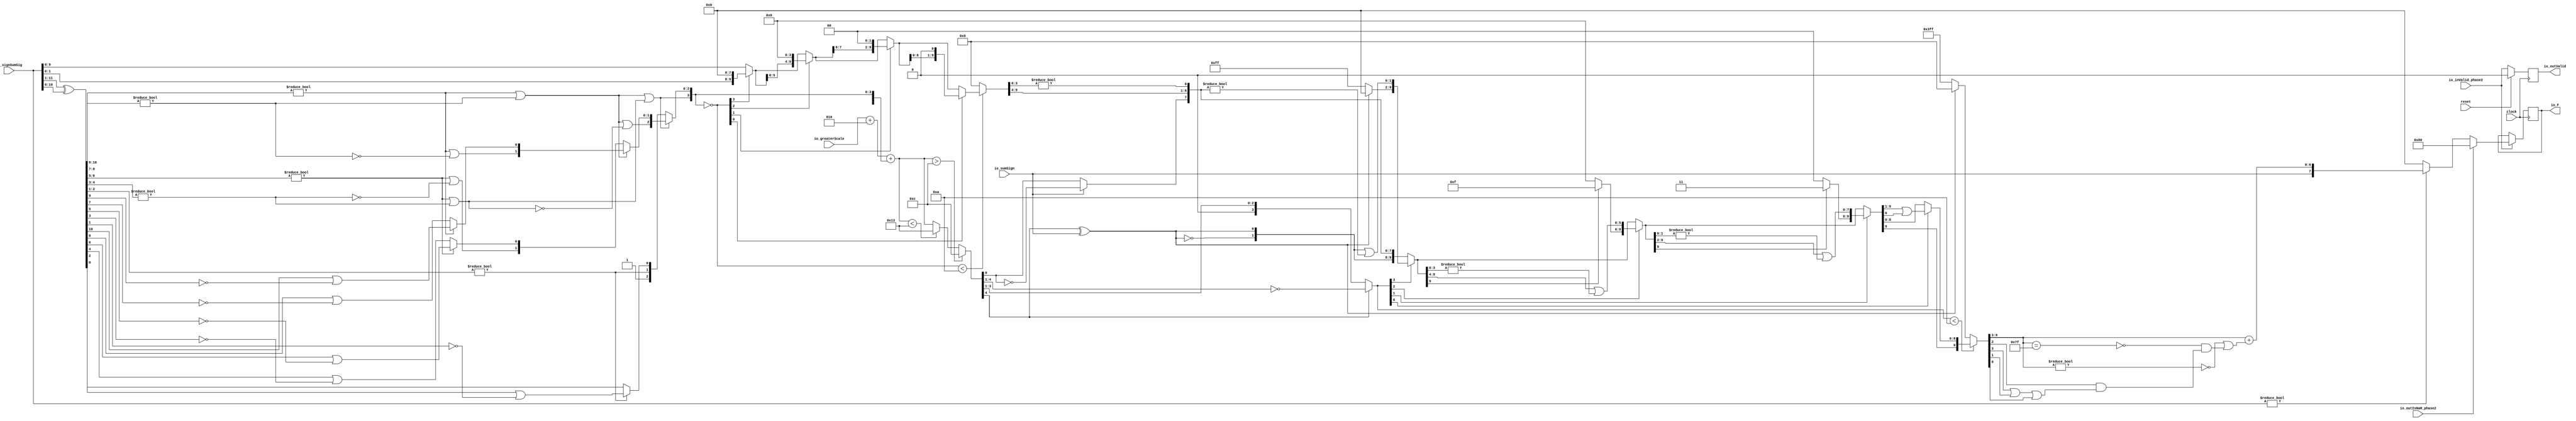
module FMAEnc8_1(
  input         clock,
  input         reset,
  input         io_inValid_phase2,
  input  [11:0] io_signSumSig,
  input         io_sumSign,
  input  [4:0]  io_greaterScale,
  input         io_outIsNaR_phase2,
  output [7:0]  io_F,
  output        io_outValid
);
  wire [10:0] _T; // @[FMAEnc.scala 35:36]
  wire [10:0] _T_1; // @[FMAEnc.scala 35:74]
  wire [10:0] sumXor; // @[FMAEnc.scala 35:54]
  wire [7:0] _T_2; // @[LZD.scala 43:32]
  wire [3:0] _T_3; // @[LZD.scala 43:32]
  wire [1:0] _T_4; // @[LZD.scala 43:32]
  wire  _T_5; // @[LZD.scala 39:14]
  wire  _T_6; // @[LZD.scala 39:21]
  wire  _T_7; // @[LZD.scala 39:30]
  wire  _T_8; // @[LZD.scala 39:27]
  wire  _T_9; // @[LZD.scala 39:25]
  wire [1:0] _T_10; // @[Cat.scala 29:58]
  wire [1:0] _T_11; // @[LZD.scala 44:32]
  wire  _T_12; // @[LZD.scala 39:14]
  wire  _T_13; // @[LZD.scala 39:21]
  wire  _T_14; // @[LZD.scala 39:30]
  wire  _T_15; // @[LZD.scala 39:27]
  wire  _T_16; // @[LZD.scala 39:25]
  wire [1:0] _T_17; // @[Cat.scala 29:58]
  wire  _T_18; // @[Shift.scala 12:21]
  wire  _T_19; // @[Shift.scala 12:21]
  wire  _T_20; // @[LZD.scala 49:16]
  wire  _T_21; // @[LZD.scala 49:27]
  wire  _T_22; // @[LZD.scala 49:25]
  wire  _T_23; // @[LZD.scala 49:47]
  wire  _T_24; // @[LZD.scala 49:59]
  wire  _T_25; // @[LZD.scala 49:35]
  wire [2:0] _T_27; // @[Cat.scala 29:58]
  wire [3:0] _T_28; // @[LZD.scala 44:32]
  wire [1:0] _T_29; // @[LZD.scala 43:32]
  wire  _T_30; // @[LZD.scala 39:14]
  wire  _T_31; // @[LZD.scala 39:21]
  wire  _T_32; // @[LZD.scala 39:30]
  wire  _T_33; // @[LZD.scala 39:27]
  wire  _T_34; // @[LZD.scala 39:25]
  wire [1:0] _T_35; // @[Cat.scala 29:58]
  wire [1:0] _T_36; // @[LZD.scala 44:32]
  wire  _T_37; // @[LZD.scala 39:14]
  wire  _T_38; // @[LZD.scala 39:21]
  wire  _T_39; // @[LZD.scala 39:30]
  wire  _T_40; // @[LZD.scala 39:27]
  wire  _T_41; // @[LZD.scala 39:25]
  wire [1:0] _T_42; // @[Cat.scala 29:58]
  wire  _T_43; // @[Shift.scala 12:21]
  wire  _T_44; // @[Shift.scala 12:21]
  wire  _T_45; // @[LZD.scala 49:16]
  wire  _T_46; // @[LZD.scala 49:27]
  wire  _T_47; // @[LZD.scala 49:25]
  wire  _T_48; // @[LZD.scala 49:47]
  wire  _T_49; // @[LZD.scala 49:59]
  wire  _T_50; // @[LZD.scala 49:35]
  wire [2:0] _T_52; // @[Cat.scala 29:58]
  wire  _T_53; // @[Shift.scala 12:21]
  wire  _T_54; // @[Shift.scala 12:21]
  wire  _T_55; // @[LZD.scala 49:16]
  wire  _T_56; // @[LZD.scala 49:27]
  wire  _T_57; // @[LZD.scala 49:25]
  wire [1:0] _T_58; // @[LZD.scala 49:47]
  wire [1:0] _T_59; // @[LZD.scala 49:59]
  wire [1:0] _T_60; // @[LZD.scala 49:35]
  wire [3:0] _T_62; // @[Cat.scala 29:58]
  wire [2:0] _T_63; // @[LZD.scala 44:32]
  wire [1:0] _T_64; // @[LZD.scala 43:32]
  wire  _T_65; // @[LZD.scala 39:14]
  wire  _T_66; // @[LZD.scala 39:21]
  wire  _T_67; // @[LZD.scala 39:30]
  wire  _T_68; // @[LZD.scala 39:27]
  wire  _T_69; // @[LZD.scala 39:25]
  wire [1:0] _T_70; // @[Cat.scala 29:58]
  wire  _T_71; // @[LZD.scala 44:32]
  wire  _T_73; // @[Shift.scala 12:21]
  wire  _T_75; // @[LZD.scala 55:32]
  wire  _T_76; // @[LZD.scala 55:20]
  wire  _T_78; // @[Shift.scala 12:21]
  wire [2:0] _T_80; // @[Cat.scala 29:58]
  wire [2:0] _T_81; // @[LZD.scala 55:32]
  wire [2:0] _T_82; // @[LZD.scala 55:20]
  wire [3:0] sumLZD; // @[Cat.scala 29:58]
  wire [3:0] shiftValue; // @[FMAEnc.scala 37:24]
  wire [9:0] _T_83; // @[FMAEnc.scala 38:41]
  wire  _T_84; // @[Shift.scala 16:24]
  wire  _T_86; // @[Shift.scala 12:21]
  wire [1:0] _T_87; // @[Shift.scala 64:52]
  wire [9:0] _T_89; // @[Cat.scala 29:58]
  wire [9:0] _T_90; // @[Shift.scala 64:27]
  wire [2:0] _T_91; // @[Shift.scala 66:70]
  wire  _T_92; // @[Shift.scala 12:21]
  wire [5:0] _T_93; // @[Shift.scala 64:52]
  wire [9:0] _T_95; // @[Cat.scala 29:58]
  wire [9:0] _T_96; // @[Shift.scala 64:27]
  wire [1:0] _T_97; // @[Shift.scala 66:70]
  wire  _T_98; // @[Shift.scala 12:21]
  wire [7:0] _T_99; // @[Shift.scala 64:52]
  wire [9:0] _T_101; // @[Cat.scala 29:58]
  wire [9:0] _T_102; // @[Shift.scala 64:27]
  wire  _T_103; // @[Shift.scala 66:70]
  wire [8:0] _T_105; // @[Shift.scala 64:52]
  wire [9:0] _T_106; // @[Cat.scala 29:58]
  wire [9:0] _T_107; // @[Shift.scala 64:27]
  wire [9:0] normalFracTmp; // @[Shift.scala 16:10]
  wire [4:0] _T_109; // @[FMAEnc.scala 41:39]
  wire [4:0] _T_110; // @[FMAEnc.scala 41:39]
  wire [4:0] _T_111; // @[Cat.scala 29:58]
  wire [4:0] _T_112; // @[FMAEnc.scala 41:64]
  wire [4:0] _T_114; // @[FMAEnc.scala 41:45]
  wire [4:0] sumScale; // @[FMAEnc.scala 41:45]
  wire [3:0] sumFrac; // @[FMAEnc.scala 42:41]
  wire [5:0] grsTmp; // @[FMAEnc.scala 45:41]
  wire [1:0] _T_115; // @[FMAEnc.scala 48:40]
  wire [3:0] _T_116; // @[FMAEnc.scala 48:56]
  wire  _T_117; // @[FMAEnc.scala 48:60]
  wire  underflow; // @[FMAEnc.scala 55:32]
  wire  overflow; // @[FMAEnc.scala 56:32]
  wire  _T_118; // @[FMAEnc.scala 65:35]
  wire  decF_isZero; // @[FMAEnc.scala 65:20]
  wire [4:0] _T_120; // @[Mux.scala 87:16]
  wire [4:0] decF_scale; // @[Mux.scala 87:16]
  wire  _T_122; // @[convert.scala 46:61]
  wire  _T_123; // @[convert.scala 46:52]
  wire  _T_125; // @[convert.scala 46:42]
  wire [3:0] _T_126; // @[convert.scala 48:34]
  wire  _T_127; // @[convert.scala 49:36]
  wire [3:0] _T_129; // @[convert.scala 50:36]
  wire [3:0] _T_130; // @[convert.scala 50:36]
  wire [3:0] _T_131; // @[convert.scala 50:28]
  wire  _T_132; // @[convert.scala 51:31]
  wire  _T_133; // @[convert.scala 52:43]
  wire [9:0] _T_137; // @[Cat.scala 29:58]
  wire [3:0] _T_138; // @[Shift.scala 39:17]
  wire  _T_139; // @[Shift.scala 39:24]
  wire [1:0] _T_141; // @[Shift.scala 90:30]
  wire [7:0] _T_142; // @[Shift.scala 90:48]
  wire  _T_143; // @[Shift.scala 90:57]
  wire [1:0] _GEN_2; // @[Shift.scala 90:39]
  wire [1:0] _T_144; // @[Shift.scala 90:39]
  wire  _T_145; // @[Shift.scala 12:21]
  wire  _T_146; // @[Shift.scala 12:21]
  wire [7:0] _T_148; // @[Bitwise.scala 71:12]
  wire [9:0] _T_149; // @[Cat.scala 29:58]
  wire [9:0] _T_150; // @[Shift.scala 91:22]
  wire [2:0] _T_151; // @[Shift.scala 92:77]
  wire [5:0] _T_152; // @[Shift.scala 90:30]
  wire [3:0] _T_153; // @[Shift.scala 90:48]
  wire  _T_154; // @[Shift.scala 90:57]
  wire [5:0] _GEN_3; // @[Shift.scala 90:39]
  wire [5:0] _T_155; // @[Shift.scala 90:39]
  wire  _T_156; // @[Shift.scala 12:21]
  wire  _T_157; // @[Shift.scala 12:21]
  wire [3:0] _T_159; // @[Bitwise.scala 71:12]
  wire [9:0] _T_160; // @[Cat.scala 29:58]
  wire [9:0] _T_161; // @[Shift.scala 91:22]
  wire [1:0] _T_162; // @[Shift.scala 92:77]
  wire [7:0] _T_163; // @[Shift.scala 90:30]
  wire [1:0] _T_164; // @[Shift.scala 90:48]
  wire  _T_165; // @[Shift.scala 90:57]
  wire [7:0] _GEN_4; // @[Shift.scala 90:39]
  wire [7:0] _T_166; // @[Shift.scala 90:39]
  wire  _T_167; // @[Shift.scala 12:21]
  wire  _T_168; // @[Shift.scala 12:21]
  wire [1:0] _T_170; // @[Bitwise.scala 71:12]
  wire [9:0] _T_171; // @[Cat.scala 29:58]
  wire [9:0] _T_172; // @[Shift.scala 91:22]
  wire  _T_173; // @[Shift.scala 92:77]
  wire [8:0] _T_174; // @[Shift.scala 90:30]
  wire  _T_175; // @[Shift.scala 90:48]
  wire [8:0] _GEN_5; // @[Shift.scala 90:39]
  wire [8:0] _T_177; // @[Shift.scala 90:39]
  wire  _T_179; // @[Shift.scala 12:21]
  wire [9:0] _T_180; // @[Cat.scala 29:58]
  wire [9:0] _T_181; // @[Shift.scala 91:22]
  wire [9:0] _T_184; // @[Bitwise.scala 71:12]
  wire [9:0] _T_185; // @[Shift.scala 39:10]
  wire  _T_186; // @[convert.scala 55:31]
  wire  _T_187; // @[convert.scala 56:31]
  wire  _T_188; // @[convert.scala 57:31]
  wire  _T_189; // @[convert.scala 58:31]
  wire [6:0] _T_190; // @[convert.scala 59:69]
  wire  _T_191; // @[convert.scala 59:81]
  wire  _T_192; // @[convert.scala 59:50]
  wire  _T_194; // @[convert.scala 60:81]
  wire  _T_195; // @[convert.scala 61:44]
  wire  _T_196; // @[convert.scala 61:52]
  wire  _T_197; // @[convert.scala 61:36]
  wire  _T_198; // @[convert.scala 62:63]
  wire  _T_199; // @[convert.scala 62:103]
  wire  _T_200; // @[convert.scala 62:60]
  wire [6:0] _GEN_6; // @[convert.scala 63:56]
  wire [6:0] _T_203; // @[convert.scala 63:56]
  wire [7:0] _T_204; // @[Cat.scala 29:58]
  reg  _T_208; // @[Valid.scala 117:22]
  reg [31:0] _RAND_0;
  reg [7:0] _T_212; // @[Reg.scala 15:16]
  reg [31:0] _RAND_1;
  assign _T = io_signSumSig[11:1]; // @[FMAEnc.scala 35:36]
  assign _T_1 = io_signSumSig[10:0]; // @[FMAEnc.scala 35:74]
  assign sumXor = _T ^ _T_1; // @[FMAEnc.scala 35:54]
  assign _T_2 = sumXor[10:3]; // @[LZD.scala 43:32]
  assign _T_3 = _T_2[7:4]; // @[LZD.scala 43:32]
  assign _T_4 = _T_3[3:2]; // @[LZD.scala 43:32]
  assign _T_5 = _T_4 != 2'h0; // @[LZD.scala 39:14]
  assign _T_6 = _T_4[1]; // @[LZD.scala 39:21]
  assign _T_7 = _T_4[0]; // @[LZD.scala 39:30]
  assign _T_8 = ~ _T_7; // @[LZD.scala 39:27]
  assign _T_9 = _T_6 | _T_8; // @[LZD.scala 39:25]
  assign _T_10 = {_T_5,_T_9}; // @[Cat.scala 29:58]
  assign _T_11 = _T_3[1:0]; // @[LZD.scala 44:32]
  assign _T_12 = _T_11 != 2'h0; // @[LZD.scala 39:14]
  assign _T_13 = _T_11[1]; // @[LZD.scala 39:21]
  assign _T_14 = _T_11[0]; // @[LZD.scala 39:30]
  assign _T_15 = ~ _T_14; // @[LZD.scala 39:27]
  assign _T_16 = _T_13 | _T_15; // @[LZD.scala 39:25]
  assign _T_17 = {_T_12,_T_16}; // @[Cat.scala 29:58]
  assign _T_18 = _T_10[1]; // @[Shift.scala 12:21]
  assign _T_19 = _T_17[1]; // @[Shift.scala 12:21]
  assign _T_20 = _T_18 | _T_19; // @[LZD.scala 49:16]
  assign _T_21 = ~ _T_19; // @[LZD.scala 49:27]
  assign _T_22 = _T_18 | _T_21; // @[LZD.scala 49:25]
  assign _T_23 = _T_10[0:0]; // @[LZD.scala 49:47]
  assign _T_24 = _T_17[0:0]; // @[LZD.scala 49:59]
  assign _T_25 = _T_18 ? _T_23 : _T_24; // @[LZD.scala 49:35]
  assign _T_27 = {_T_20,_T_22,_T_25}; // @[Cat.scala 29:58]
  assign _T_28 = _T_2[3:0]; // @[LZD.scala 44:32]
  assign _T_29 = _T_28[3:2]; // @[LZD.scala 43:32]
  assign _T_30 = _T_29 != 2'h0; // @[LZD.scala 39:14]
  assign _T_31 = _T_29[1]; // @[LZD.scala 39:21]
  assign _T_32 = _T_29[0]; // @[LZD.scala 39:30]
  assign _T_33 = ~ _T_32; // @[LZD.scala 39:27]
  assign _T_34 = _T_31 | _T_33; // @[LZD.scala 39:25]
  assign _T_35 = {_T_30,_T_34}; // @[Cat.scala 29:58]
  assign _T_36 = _T_28[1:0]; // @[LZD.scala 44:32]
  assign _T_37 = _T_36 != 2'h0; // @[LZD.scala 39:14]
  assign _T_38 = _T_36[1]; // @[LZD.scala 39:21]
  assign _T_39 = _T_36[0]; // @[LZD.scala 39:30]
  assign _T_40 = ~ _T_39; // @[LZD.scala 39:27]
  assign _T_41 = _T_38 | _T_40; // @[LZD.scala 39:25]
  assign _T_42 = {_T_37,_T_41}; // @[Cat.scala 29:58]
  assign _T_43 = _T_35[1]; // @[Shift.scala 12:21]
  assign _T_44 = _T_42[1]; // @[Shift.scala 12:21]
  assign _T_45 = _T_43 | _T_44; // @[LZD.scala 49:16]
  assign _T_46 = ~ _T_44; // @[LZD.scala 49:27]
  assign _T_47 = _T_43 | _T_46; // @[LZD.scala 49:25]
  assign _T_48 = _T_35[0:0]; // @[LZD.scala 49:47]
  assign _T_49 = _T_42[0:0]; // @[LZD.scala 49:59]
  assign _T_50 = _T_43 ? _T_48 : _T_49; // @[LZD.scala 49:35]
  assign _T_52 = {_T_45,_T_47,_T_50}; // @[Cat.scala 29:58]
  assign _T_53 = _T_27[2]; // @[Shift.scala 12:21]
  assign _T_54 = _T_52[2]; // @[Shift.scala 12:21]
  assign _T_55 = _T_53 | _T_54; // @[LZD.scala 49:16]
  assign _T_56 = ~ _T_54; // @[LZD.scala 49:27]
  assign _T_57 = _T_53 | _T_56; // @[LZD.scala 49:25]
  assign _T_58 = _T_27[1:0]; // @[LZD.scala 49:47]
  assign _T_59 = _T_52[1:0]; // @[LZD.scala 49:59]
  assign _T_60 = _T_53 ? _T_58 : _T_59; // @[LZD.scala 49:35]
  assign _T_62 = {_T_55,_T_57,_T_60}; // @[Cat.scala 29:58]
  assign _T_63 = sumXor[2:0]; // @[LZD.scala 44:32]
  assign _T_64 = _T_63[2:1]; // @[LZD.scala 43:32]
  assign _T_65 = _T_64 != 2'h0; // @[LZD.scala 39:14]
  assign _T_66 = _T_64[1]; // @[LZD.scala 39:21]
  assign _T_67 = _T_64[0]; // @[LZD.scala 39:30]
  assign _T_68 = ~ _T_67; // @[LZD.scala 39:27]
  assign _T_69 = _T_66 | _T_68; // @[LZD.scala 39:25]
  assign _T_70 = {_T_65,_T_69}; // @[Cat.scala 29:58]
  assign _T_71 = _T_63[0:0]; // @[LZD.scala 44:32]
  assign _T_73 = _T_70[1]; // @[Shift.scala 12:21]
  assign _T_75 = _T_70[0:0]; // @[LZD.scala 55:32]
  assign _T_76 = _T_73 ? _T_75 : _T_71; // @[LZD.scala 55:20]
  assign _T_78 = _T_62[3]; // @[Shift.scala 12:21]
  assign _T_80 = {1'h1,_T_73,_T_76}; // @[Cat.scala 29:58]
  assign _T_81 = _T_62[2:0]; // @[LZD.scala 55:32]
  assign _T_82 = _T_78 ? _T_81 : _T_80; // @[LZD.scala 55:20]
  assign sumLZD = {_T_78,_T_82}; // @[Cat.scala 29:58]
  assign shiftValue = ~ sumLZD; // @[FMAEnc.scala 37:24]
  assign _T_83 = io_signSumSig[9:0]; // @[FMAEnc.scala 38:41]
  assign _T_84 = shiftValue < 4'ha; // @[Shift.scala 16:24]
  assign _T_86 = shiftValue[3]; // @[Shift.scala 12:21]
  assign _T_87 = _T_83[1:0]; // @[Shift.scala 64:52]
  assign _T_89 = {_T_87,8'h0}; // @[Cat.scala 29:58]
  assign _T_90 = _T_86 ? _T_89 : _T_83; // @[Shift.scala 64:27]
  assign _T_91 = shiftValue[2:0]; // @[Shift.scala 66:70]
  assign _T_92 = _T_91[2]; // @[Shift.scala 12:21]
  assign _T_93 = _T_90[5:0]; // @[Shift.scala 64:52]
  assign _T_95 = {_T_93,4'h0}; // @[Cat.scala 29:58]
  assign _T_96 = _T_92 ? _T_95 : _T_90; // @[Shift.scala 64:27]
  assign _T_97 = _T_91[1:0]; // @[Shift.scala 66:70]
  assign _T_98 = _T_97[1]; // @[Shift.scala 12:21]
  assign _T_99 = _T_96[7:0]; // @[Shift.scala 64:52]
  assign _T_101 = {_T_99,2'h0}; // @[Cat.scala 29:58]
  assign _T_102 = _T_98 ? _T_101 : _T_96; // @[Shift.scala 64:27]
  assign _T_103 = _T_97[0:0]; // @[Shift.scala 66:70]
  assign _T_105 = _T_102[8:0]; // @[Shift.scala 64:52]
  assign _T_106 = {_T_105,1'h0}; // @[Cat.scala 29:58]
  assign _T_107 = _T_103 ? _T_106 : _T_102; // @[Shift.scala 64:27]
  assign normalFracTmp = _T_84 ? _T_107 : 10'h0; // @[Shift.scala 16:10]
  assign _T_109 = $signed(io_greaterScale) + $signed(5'sh2); // @[FMAEnc.scala 41:39]
  assign _T_110 = $signed(_T_109); // @[FMAEnc.scala 41:39]
  assign _T_111 = {1'h1,_T_78,_T_82}; // @[Cat.scala 29:58]
  assign _T_112 = $signed(_T_111); // @[FMAEnc.scala 41:64]
  assign _T_114 = $signed(_T_110) + $signed(_T_112); // @[FMAEnc.scala 41:45]
  assign sumScale = $signed(_T_114); // @[FMAEnc.scala 41:45]
  assign sumFrac = normalFracTmp[9:6]; // @[FMAEnc.scala 42:41]
  assign grsTmp = normalFracTmp[5:0]; // @[FMAEnc.scala 45:41]
  assign _T_115 = grsTmp[5:4]; // @[FMAEnc.scala 48:40]
  assign _T_116 = grsTmp[3:0]; // @[FMAEnc.scala 48:56]
  assign _T_117 = _T_116 != 4'h0; // @[FMAEnc.scala 48:60]
  assign underflow = $signed(sumScale) < $signed(-5'shd); // @[FMAEnc.scala 55:32]
  assign overflow = $signed(sumScale) > $signed(5'shc); // @[FMAEnc.scala 56:32]
  assign _T_118 = io_signSumSig != 12'h0; // @[FMAEnc.scala 65:35]
  assign decF_isZero = ~ _T_118; // @[FMAEnc.scala 65:20]
  assign _T_120 = underflow ? $signed(-5'shd) : $signed(sumScale); // @[Mux.scala 87:16]
  assign decF_scale = overflow ? $signed(5'shc) : $signed(_T_120); // @[Mux.scala 87:16]
  assign _T_122 = decF_scale[0]; // @[convert.scala 46:61]
  assign _T_123 = ~ _T_122; // @[convert.scala 46:52]
  assign _T_125 = io_sumSign ? _T_123 : _T_122; // @[convert.scala 46:42]
  assign _T_126 = decF_scale[4:1]; // @[convert.scala 48:34]
  assign _T_127 = _T_126[3:3]; // @[convert.scala 49:36]
  assign _T_129 = ~ _T_126; // @[convert.scala 50:36]
  assign _T_130 = $signed(_T_129); // @[convert.scala 50:36]
  assign _T_131 = _T_127 ? $signed(_T_130) : $signed(_T_126); // @[convert.scala 50:28]
  assign _T_132 = _T_127 ^ io_sumSign; // @[convert.scala 51:31]
  assign _T_133 = ~ _T_132; // @[convert.scala 52:43]
  assign _T_137 = {_T_133,_T_132,_T_125,sumFrac,_T_115,_T_117}; // @[Cat.scala 29:58]
  assign _T_138 = $unsigned(_T_131); // @[Shift.scala 39:17]
  assign _T_139 = _T_138 < 4'ha; // @[Shift.scala 39:24]
  assign _T_141 = _T_137[9:8]; // @[Shift.scala 90:30]
  assign _T_142 = _T_137[7:0]; // @[Shift.scala 90:48]
  assign _T_143 = _T_142 != 8'h0; // @[Shift.scala 90:57]
  assign _GEN_2 = {{1'd0}, _T_143}; // @[Shift.scala 90:39]
  assign _T_144 = _T_141 | _GEN_2; // @[Shift.scala 90:39]
  assign _T_145 = _T_138[3]; // @[Shift.scala 12:21]
  assign _T_146 = _T_137[9]; // @[Shift.scala 12:21]
  assign _T_148 = _T_146 ? 8'hff : 8'h0; // @[Bitwise.scala 71:12]
  assign _T_149 = {_T_148,_T_144}; // @[Cat.scala 29:58]
  assign _T_150 = _T_145 ? _T_149 : _T_137; // @[Shift.scala 91:22]
  assign _T_151 = _T_138[2:0]; // @[Shift.scala 92:77]
  assign _T_152 = _T_150[9:4]; // @[Shift.scala 90:30]
  assign _T_153 = _T_150[3:0]; // @[Shift.scala 90:48]
  assign _T_154 = _T_153 != 4'h0; // @[Shift.scala 90:57]
  assign _GEN_3 = {{5'd0}, _T_154}; // @[Shift.scala 90:39]
  assign _T_155 = _T_152 | _GEN_3; // @[Shift.scala 90:39]
  assign _T_156 = _T_151[2]; // @[Shift.scala 12:21]
  assign _T_157 = _T_150[9]; // @[Shift.scala 12:21]
  assign _T_159 = _T_157 ? 4'hf : 4'h0; // @[Bitwise.scala 71:12]
  assign _T_160 = {_T_159,_T_155}; // @[Cat.scala 29:58]
  assign _T_161 = _T_156 ? _T_160 : _T_150; // @[Shift.scala 91:22]
  assign _T_162 = _T_151[1:0]; // @[Shift.scala 92:77]
  assign _T_163 = _T_161[9:2]; // @[Shift.scala 90:30]
  assign _T_164 = _T_161[1:0]; // @[Shift.scala 90:48]
  assign _T_165 = _T_164 != 2'h0; // @[Shift.scala 90:57]
  assign _GEN_4 = {{7'd0}, _T_165}; // @[Shift.scala 90:39]
  assign _T_166 = _T_163 | _GEN_4; // @[Shift.scala 90:39]
  assign _T_167 = _T_162[1]; // @[Shift.scala 12:21]
  assign _T_168 = _T_161[9]; // @[Shift.scala 12:21]
  assign _T_170 = _T_168 ? 2'h3 : 2'h0; // @[Bitwise.scala 71:12]
  assign _T_171 = {_T_170,_T_166}; // @[Cat.scala 29:58]
  assign _T_172 = _T_167 ? _T_171 : _T_161; // @[Shift.scala 91:22]
  assign _T_173 = _T_162[0:0]; // @[Shift.scala 92:77]
  assign _T_174 = _T_172[9:1]; // @[Shift.scala 90:30]
  assign _T_175 = _T_172[0:0]; // @[Shift.scala 90:48]
  assign _GEN_5 = {{8'd0}, _T_175}; // @[Shift.scala 90:39]
  assign _T_177 = _T_174 | _GEN_5; // @[Shift.scala 90:39]
  assign _T_179 = _T_172[9]; // @[Shift.scala 12:21]
  assign _T_180 = {_T_179,_T_177}; // @[Cat.scala 29:58]
  assign _T_181 = _T_173 ? _T_180 : _T_172; // @[Shift.scala 91:22]
  assign _T_184 = _T_146 ? 10'h3ff : 10'h0; // @[Bitwise.scala 71:12]
  assign _T_185 = _T_139 ? _T_181 : _T_184; // @[Shift.scala 39:10]
  assign _T_186 = _T_185[3]; // @[convert.scala 55:31]
  assign _T_187 = _T_185[2]; // @[convert.scala 56:31]
  assign _T_188 = _T_185[1]; // @[convert.scala 57:31]
  assign _T_189 = _T_185[0]; // @[convert.scala 58:31]
  assign _T_190 = _T_185[9:3]; // @[convert.scala 59:69]
  assign _T_191 = _T_190 != 7'h0; // @[convert.scala 59:81]
  assign _T_192 = ~ _T_191; // @[convert.scala 59:50]
  assign _T_194 = _T_190 == 7'h7f; // @[convert.scala 60:81]
  assign _T_195 = _T_186 | _T_188; // @[convert.scala 61:44]
  assign _T_196 = _T_195 | _T_189; // @[convert.scala 61:52]
  assign _T_197 = _T_187 & _T_196; // @[convert.scala 61:36]
  assign _T_198 = ~ _T_194; // @[convert.scala 62:63]
  assign _T_199 = _T_198 & _T_197; // @[convert.scala 62:103]
  assign _T_200 = _T_192 | _T_199; // @[convert.scala 62:60]
  assign _GEN_6 = {{6'd0}, _T_200}; // @[convert.scala 63:56]
  assign _T_203 = _T_190 + _GEN_6; // @[convert.scala 63:56]
  assign _T_204 = {io_sumSign,_T_203}; // @[Cat.scala 29:58]
  assign io_F = _T_212; // @[FMAEnc.scala 85:15]
  assign io_outValid = _T_208; // @[FMAEnc.scala 84:15]
`ifdef RANDOMIZE_GARBAGE_ASSIGN
`define RANDOMIZE
`endif
`ifdef RANDOMIZE_INVALID_ASSIGN
`define RANDOMIZE
`endif
`ifdef RANDOMIZE_REG_INIT
`define RANDOMIZE
`endif
`ifdef RANDOMIZE_MEM_INIT
`define RANDOMIZE
`endif
`ifndef RANDOM
`define RANDOM $random
`endif
`ifdef RANDOMIZE_MEM_INIT
  integer initvar;
`endif
initial begin
  `ifdef RANDOMIZE
    `ifdef INIT_RANDOM
      `INIT_RANDOM
    `endif
    `ifndef VERILATOR
      `ifdef RANDOMIZE_DELAY
        #`RANDOMIZE_DELAY begin end
      `else
        #0.002 begin end
      `endif
    `endif
  `ifdef RANDOMIZE_REG_INIT
  _RAND_0 = {1{`RANDOM}};
  _T_208 = _RAND_0[0:0];
  `endif // RANDOMIZE_REG_INIT
  `ifdef RANDOMIZE_REG_INIT
  _RAND_1 = {1{`RANDOM}};
  _T_212 = _RAND_1[7:0];
  `endif // RANDOMIZE_REG_INIT
  `endif // RANDOMIZE
end
  always @(posedge clock) begin
    if (reset) begin
      _T_208 <= 1'h0;
    end else begin
      _T_208 <= io_inValid_phase2;
    end
    if (io_inValid_phase2) begin
      if (io_outIsNaR_phase2) begin
        _T_212 <= 8'h80;
      end else begin
        if (decF_isZero) begin
          _T_212 <= 8'h0;
        end else begin
          _T_212 <= _T_204;
        end
      end
    end
  end
endmodule